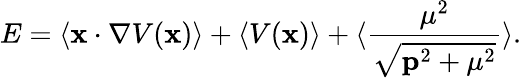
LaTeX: E=\langle{\mathbf x}\cdot\nabla V({\mathbf x})\rangle+\langle V({\mathbf x})\rangle+\langle{\frac{{\mu}^{2}}{\sqrt{{\mathbf p}^{2}+{\mu}^{2}}}}\rangle.